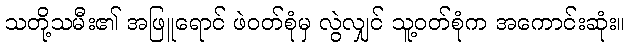
သတို့သမီး၏ အဖြူရောင် ဖဲဝတ်စုံမှ လွဲလျှင် သူ့ဝတ်စုံက အကောင်းဆုံး။